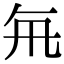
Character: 𭂯